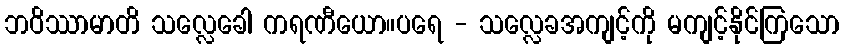
ဘဝိဿာမာတိ သလ္လေခေါ ကရဏီယော။ပရေ - သလ္လေခအကျင့်ကို မကျင့်နိုင်ကြသော